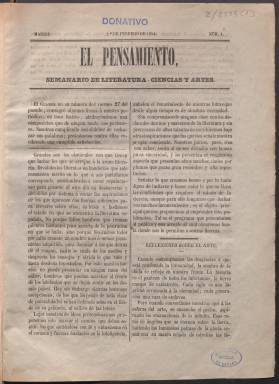
Título: El Pensamiento (Madrid. 1854)
Colección: Revistas de información general
Ámbito geográfico: Madrid
Lugar de publicación: Madrid
Fechas: 01/02/1854-23/04/1854